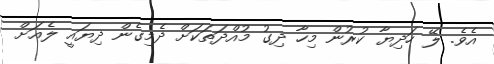
އެވެ. ލޭ ހަދިޔާ ކުރުން މިހާ ދިގު މުއްދަތަކަށް ދެމިގެން ދިޔައީ ލެއަށް